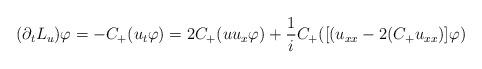
LaTeX: \begin{align*}(\partial_t L_u)\varphi = -C_+(u_t\varphi) = 2C_+(uu_x\varphi)+\frac{1}{i}C_+([(u_{xx}-2(C_+u_{xx})]\varphi)\end{align*}